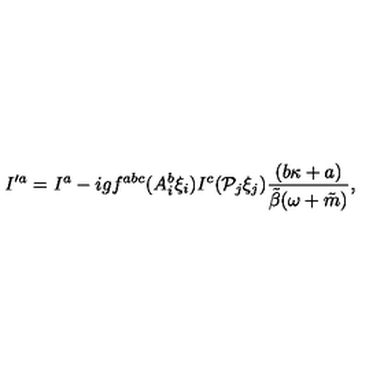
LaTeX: I ^ { \prime a } = I ^ { a } - i g f ^ { a b c } ( A _ { i } ^ { b } \xi _ { i } ) I ^ { c } ( { \cal P } _ { j } \xi _ { j } ) \frac { ( b \kappa + a ) } { \tilde { \beta } ( \omega + \tilde { m } ) } ,